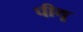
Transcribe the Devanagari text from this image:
पीथू